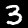
Digit: 3